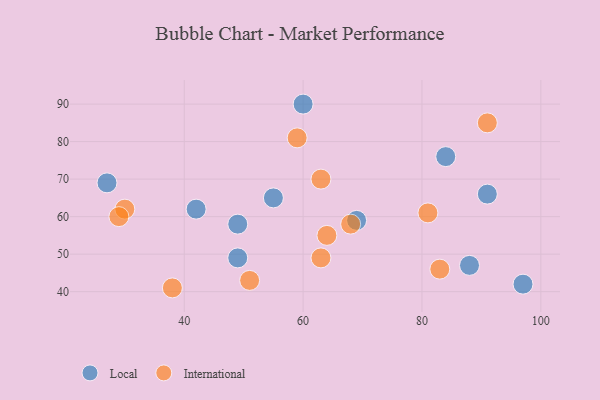
{"axis": {"x": "GDP", "y": "Life Expectancy"}, "legend": ["International", "Local"], "data": [{"x": "69", "y": 59, "type": "Local"}, {"x": "49", "y": 58, "type": "Local"}, {"x": "55", "y": 65, "type": "Local"}, {"x": "49", "y": 49, "type": "Local"}, {"x": "84", "y": 76, "type": "Local"}, {"x": "88", "y": 47, "type": "Local"}, {"x": "97", "y": 42, "type": "Local"}, {"x": "42", "y": 62, "type": "Local"}, {"x": "91", "y": 66, "type": "Local"}, {"x": "27", "y": 69, "type": "Local"}, {"x": "60", "y": 90, "type": "Local"}, {"x": "30", "y": 62, "type": "International"}, {"x": "91", "y": 85, "type": "International"}, {"x": "51", "y": 43, "type": "International"}, {"x": "63", "y": 70, "type": "International"}, {"x": "83", "y": 46, "type": "International"}, {"x": "59", "y": 81, "type": "International"}, {"x": "38", "y": 41, "type": "International"}, {"x": "29", "y": 60, "type": "International"}, {"x": "64", "y": 55, "type": "International"}, {"x": "81", "y": 61, "type": "International"}, {"x": "63", "y": 49, "type": "International"}, {"x": "68", "y": 58, "type": "International"}]}